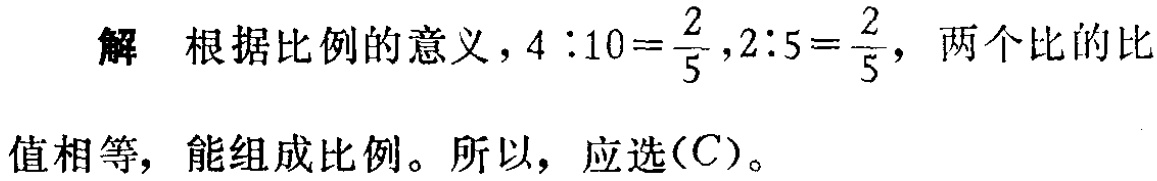
解 根据比例的意义，\(4:10 = \frac{2}{5},2:5 = \frac{2}{5}\)，两个比的比值相等，能组成比例。所以，应选\((C)\)。